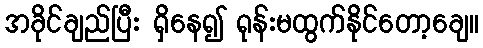
အခိုင်ချည်ပြီး ရှိနေ၍ ရုန်းမထွက်နိုင်တော့ချေ။